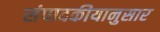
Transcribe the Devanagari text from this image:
संपादकीयानुसार